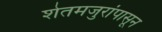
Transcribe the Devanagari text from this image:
शेतमजुरांपासून